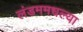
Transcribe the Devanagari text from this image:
लंडममधल्या